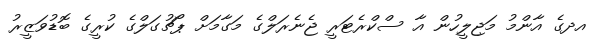
އދގެ އާންމު މަޖިލީހުން އާ ސްކްރެޓަރީ ޖެނެރަލްގެ މަގާމަށް ޕޯޗުގަލްގެ ކުރީގެ ބޮޑުވަޒީރު